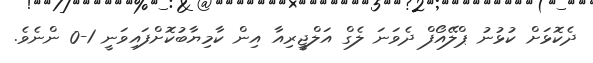
ދެކޮޅަށް ކުޅުނު ޕްލޭއޯފް ދެވަނަ ލެގް އަލްޖީރިއާ އިން ކާމިޔާބުކޮށްފައިވަނީ 1-0 ންނެވެ.